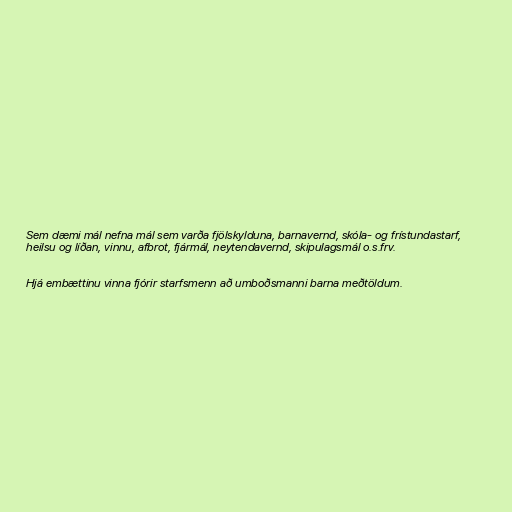
Sem dæmi mál nefna mál sem varða fjölskylduna, barnavernd, skóla- og frístundastarf,
heilsu og líðan, vinnu, afbrot, fjármál, neytendavernd, skipulagsmál o.s.frv.

Hjá embættinu vinna fjórir starfsmenn að umboðsmanni barna meðtöldum.